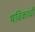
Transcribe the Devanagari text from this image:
भविकांची